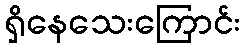
ရှိနေသေးကြောင်း